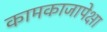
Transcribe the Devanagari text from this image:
कामकाजापेक्षा